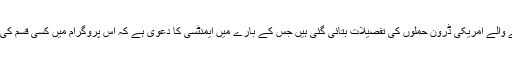
اس رپورٹ میں پاکستان میں ہونے والے امریکی ڈرون حملوں کی تفصیلات بتائی گئی ہیں جس کے بارے میں ایمنٹسی کا دعوی ہے کہ اس پروگرام میں کسی قسم کی کوئی شفافیت نہیں پائی جاتی ہے۔